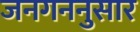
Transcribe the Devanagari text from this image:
जनगननुसार